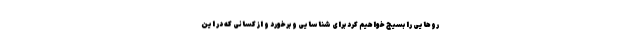
روهایی را بسیج خواهیم کرد برای شناسایی و برخورد و از کسانی که در این